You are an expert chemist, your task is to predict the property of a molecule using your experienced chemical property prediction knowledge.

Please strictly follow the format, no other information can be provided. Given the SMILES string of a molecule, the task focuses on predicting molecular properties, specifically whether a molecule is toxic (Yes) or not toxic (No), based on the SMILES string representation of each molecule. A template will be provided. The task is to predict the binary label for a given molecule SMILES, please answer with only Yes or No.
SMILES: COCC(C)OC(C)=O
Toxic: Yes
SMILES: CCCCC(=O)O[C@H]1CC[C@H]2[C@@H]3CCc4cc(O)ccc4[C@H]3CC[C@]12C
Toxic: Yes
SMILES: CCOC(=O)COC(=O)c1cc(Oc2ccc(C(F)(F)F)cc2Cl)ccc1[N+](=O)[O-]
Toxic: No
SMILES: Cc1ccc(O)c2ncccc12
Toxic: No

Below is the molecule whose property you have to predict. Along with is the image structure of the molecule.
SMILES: CC(C)COC(=O)C(C)C
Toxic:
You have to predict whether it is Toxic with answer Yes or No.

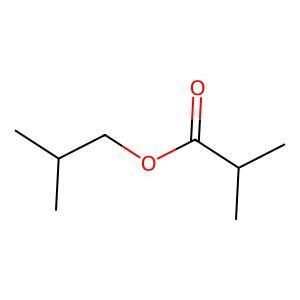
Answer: No